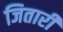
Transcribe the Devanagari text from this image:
जितारी